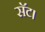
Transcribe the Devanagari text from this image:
सॅट।